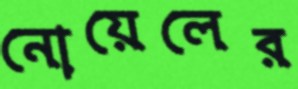
নোয়েলের